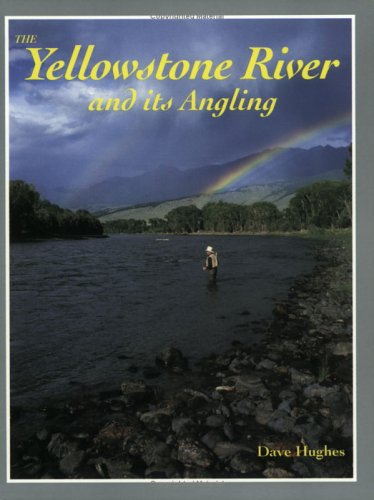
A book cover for The Yellowstone River and Its Angling; Dave Hughes; Travel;